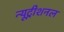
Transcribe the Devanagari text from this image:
न्यूट्रीशनल